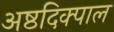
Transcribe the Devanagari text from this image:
अष्ठदिक्पाल